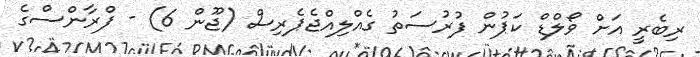
ރިބެރީ އަށް ވޯލްޑް ކަޕުން ފުރުސަތު ގެއްލިއްޖެޕެރިސް (ޖޫން 6) - ފްރާންސްގެ